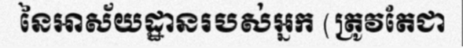
នៃអាស័យដ្ឋានរបស់អ្នក (ត្រូវតែជា